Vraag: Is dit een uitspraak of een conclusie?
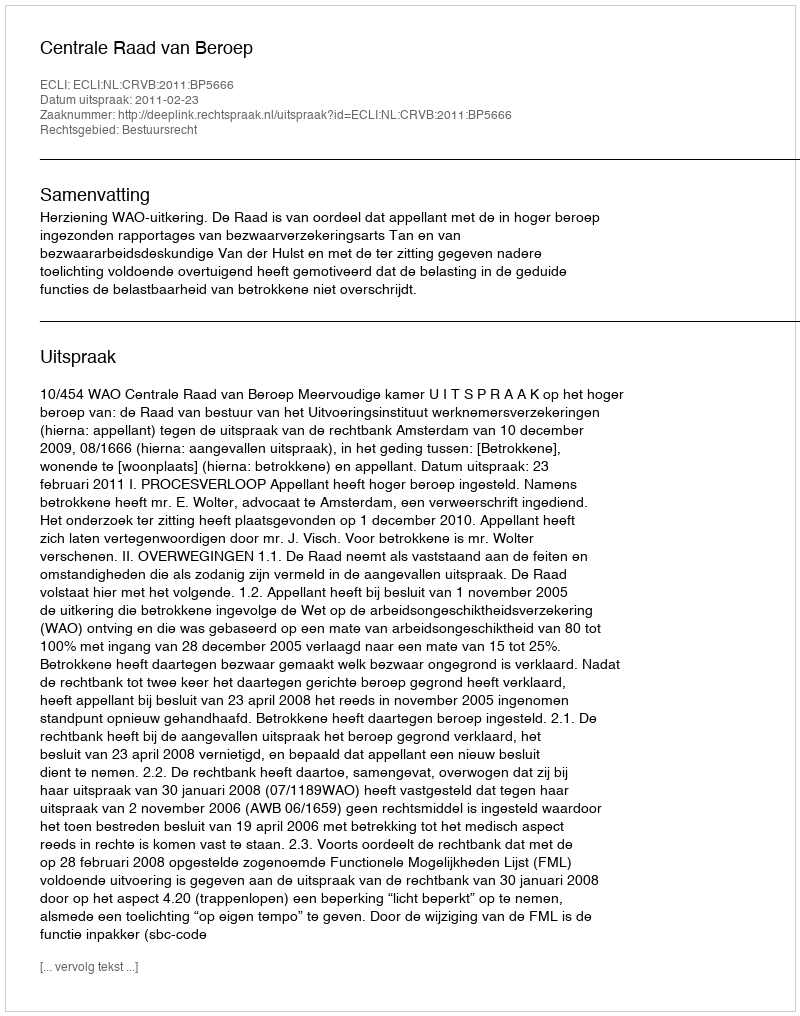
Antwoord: Uitspraak